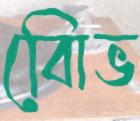
বিােভ